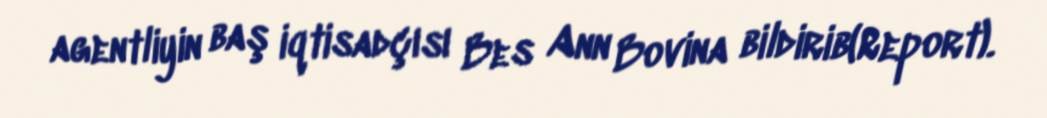
agentliyin baş iqtisadçısı Bes Ann Bovina bildirib(Report).